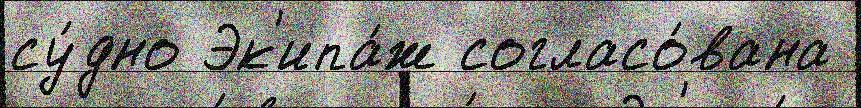
су́дно Эк'ипа́ж согласо́вана